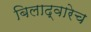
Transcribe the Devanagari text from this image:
बिलाद्वारेच